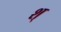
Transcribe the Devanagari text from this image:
श्‌